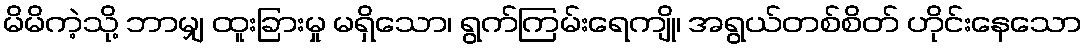
မိမိကဲ့သို့ ဘာမျှ ထူးခြားမှု မရှိသော၊ ရွက်ကြမ်းရေကျို၊ အရွယ်တစ်စိတ် ဟိုင်းနေသော